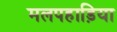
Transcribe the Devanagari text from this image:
मलपहाड़िया